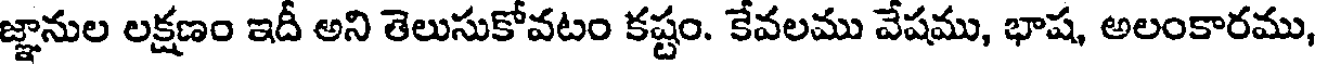
జ్ఞానుల లక్షణం ఇదీ అని తెలుసుకోవటం కష్టం. కేవలము వేషము, భాష, అలంకారము,